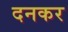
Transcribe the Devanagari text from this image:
दनकर